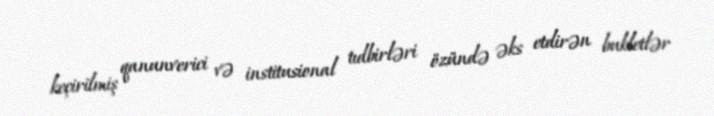
keçirilmiş qanunverici və institusional tıdbirləri özündə əks etdirən bukletlər